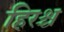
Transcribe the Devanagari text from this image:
हिरश्च